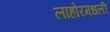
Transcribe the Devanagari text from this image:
लाहोरमधली